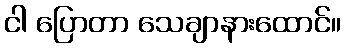
ငါ ပြောတာ သေချာနားထောင်။